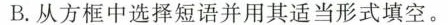
B.从方框中选择短语并用其适当形式填空。